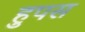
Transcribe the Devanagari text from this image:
हुपस